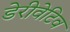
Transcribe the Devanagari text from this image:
डेरीवेटिव